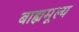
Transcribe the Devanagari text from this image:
बाह्यमूल्य